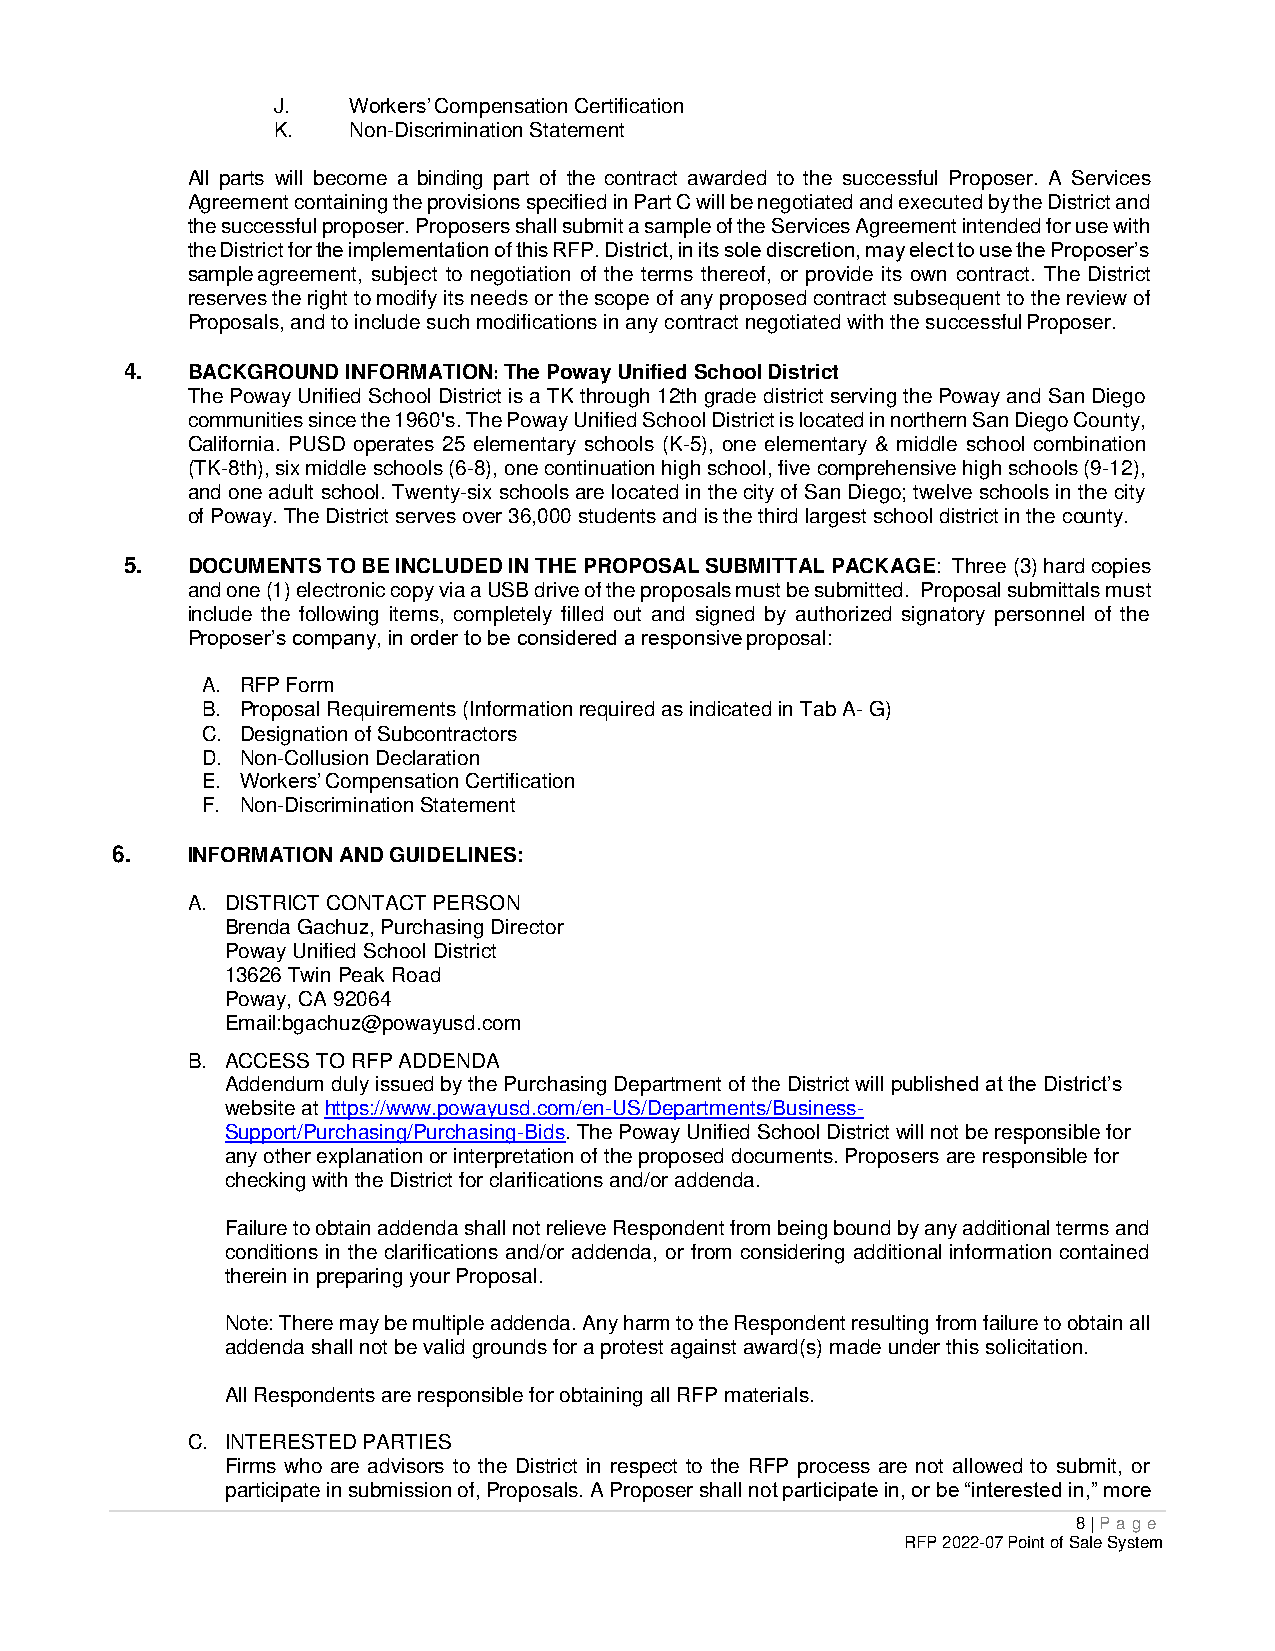
J.   Workers’ Compensation Certification
 K.   Non-Discrimination Statement
 All parts will become a binding part of the contract awarded to the successful Proposer. A Services
 Agreement containing the provisions specified in Part C will be negotiated and executed by the District and
 the successful proposer. Proposers shall submit a sample of the Services Agreement intended for use with
 the District for the implementation of this RFP. District, in its sole discretion, may elect to use the Proposer’s
 sample agreement, subject to negotiation of the terms thereof, or provide its own contract. The District
 reserves the right to modify its needs or the scope of any proposed contract subsequent to the review of
 Proposals, and to include such modifications in any contract negotiated with the successful Proposer.
 4.  BACKGROUND INFORMATION: The Poway Unified School District
 The Poway Unified School District is a TK through 12th grade district serving the Poway and San Diego
 communities since the 1960's. The Poway Unified School District is located in northern San Diego County,
 California. PUSD operates 25 elementary schools (K-5), one elementary & middle school combination
 (TK-8th), six middle schools (6-8), one continuation high school, five comprehensive high schools (9-12),
 and one adult school. Twenty-six schools are located in the city of San Diego; twelve schools in the city
 of Poway. The District serves over 36,000 students and is the third largest school district in the county.
 5.  DOCUMENTS TO BE INCLUDED IN THE PROPOSAL SUBMITTAL PACKAGE: Three (3) hard copies
 and one (1) electronic copy via a USB drive of the proposals must be submitted. Proposal submittals must
 include the following items, completely filled out and signed by authorized signatory personnel of the
 Proposer’s company, in order to be considered a responsive proposal:
 A. RFP Form
 B. Proposal Requirements (Information required as indicated in Tab A- G)
 C. Designation of Subcontractors
 D. Non-Collusion Declaration
 E. Workers’ Compensation Certification
 F. Non-Discrimination Statement
 6.   INFORMATION AND GUIDELINES:
 A. DISTRICT CONTACT PERSON
 Brenda Gachuz, Purchasing Director
 Poway Unified School District
 13626 Twin Peak Road
 Poway, CA 92064
 Email:bgachuz@powayusd.com
 B. ACCESS TO RFP ADDENDA
 Addendum duly issued by the Purchasing Department of the District will published at the District’s
 website at https://www.powayusd.com/en-US/Departments/Business-
 Support/Purchasing/Purchasing-Bids. The Poway Unified School District will not be responsible for
 any other explanation or interpretation of the proposed documents. Proposers are responsible for
 checking with the District for clarifications and/or addenda.
 Failure to obtain addenda shall not relieve Respondent from being bound by any additional terms and
 conditions in the clarifications and/or addenda, or from considering additional information contained
 therein in preparing your Proposal.
 Note: There may be multiple addenda. Any harm to the Respondent resulting from failure to obtain all
 addenda shall not be valid grounds for a protest against award(s) made under this solicitation.
 All Respondents are responsible for obtaining all RFP materials.
 C. INTERESTED PARTIES
 Firms who are advisors to the District in respect to the RFP process are not allowed to submit, or
 participate in submission of, Proposals. A Proposer shall not participate in, or be “interested in,” more
 8 | P age
 RFP 2022-07 Point of Sale System